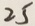
2 5